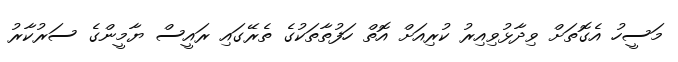
މަސީހު އެގޮތަށް ވިދާޅުވިއިރު ކުރިއަށް އޮތް ހަފުތާތަކުގެ ތެރޭގައި ރައީސް ޔާމީންގެ ސަރުކާރު